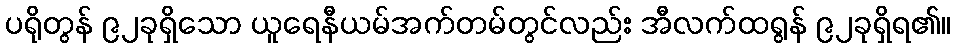
ပရိုတွန် ၉၂ခုရှိသော ယူရေနီယမ်အက်တမ်တွင်လည်း အီလက်ထရွန် ၉၂ခုရှိရ၏။